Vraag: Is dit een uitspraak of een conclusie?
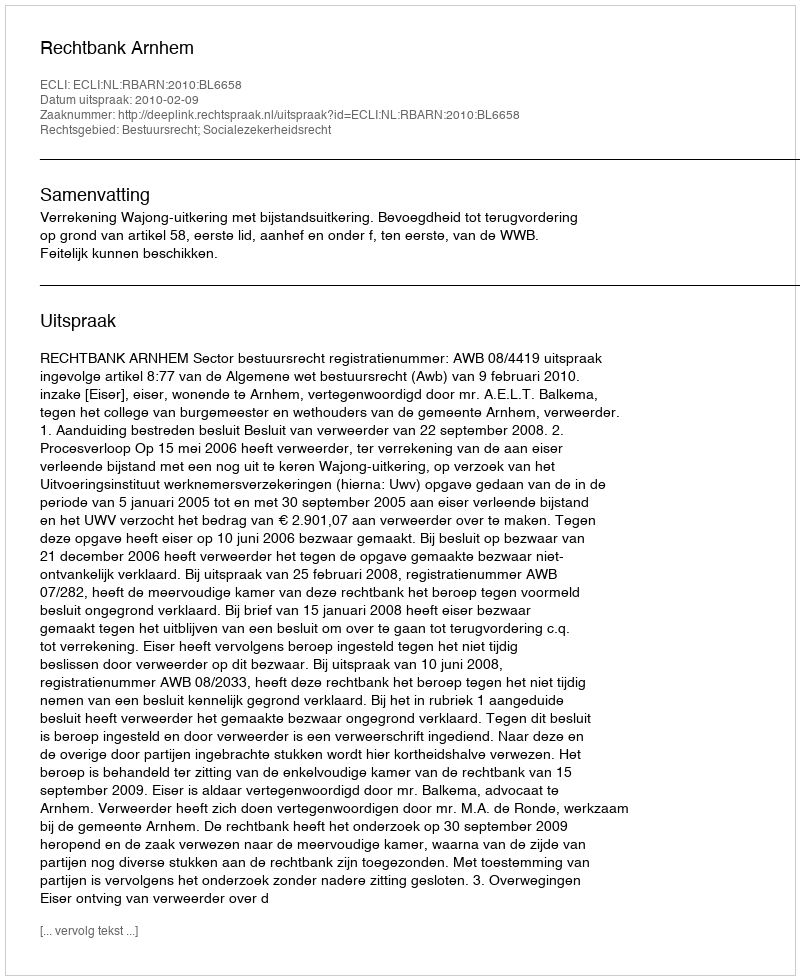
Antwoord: Uitspraak